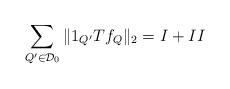
LaTeX: \begin{align*} \sum_{Q'\in \mathcal{D}_0}\|1_{Q'}Tf_Q\|_2=I+II \end{align*}